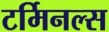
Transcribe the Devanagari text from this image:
टर्मिनल्‍स